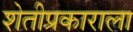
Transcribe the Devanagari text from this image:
शेतीप्रकाराला